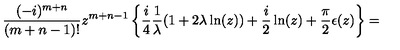
\frac { ( - i ) ^ { m + n } } { ( m + n - 1 ) ! } z ^ { m + n - 1 } \left\{ \frac { i } { 4 } \frac { 1 } { \lambda } ( 1 + 2 \lambda \ln ( z ) ) + \frac { i } { 2 } \ln ( z ) + \frac { \pi } { 2 } \epsilon ( z ) \right\} =